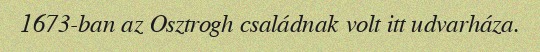
1673-ban az Osztrogh családnak volt itt udvarháza.